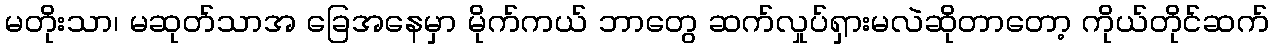
မတိုးသာ၊ မဆုတ်သာအ ခြေအနေမှာ မိုက်ကယ် ဘာတွေ ဆက်လှုပ်ရှားမလဲဆိုတာတော့ ကိုယ်တိုင်ဆက်